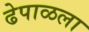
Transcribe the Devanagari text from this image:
ढेपाळला